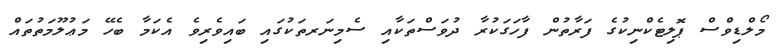
މޯލްޑިވްސް ޕޮލިޓެކްނިކުގެ ފަރާތުން ފާހަގަކުރާ ދުވަސްތަކާއި ސެމިނަރތަކުގައި ބައިވެރިވެ އެކަމާ ބެހޭ މަޢުލޫމަތުތައް